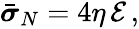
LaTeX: \begin{array}{r}{\bar{\boldsymbol{\sigma}}_{N}=4\eta\, \mathcal{E}\, ,}\end{array}